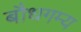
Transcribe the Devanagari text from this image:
बौधगम्य